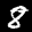
Label: 8